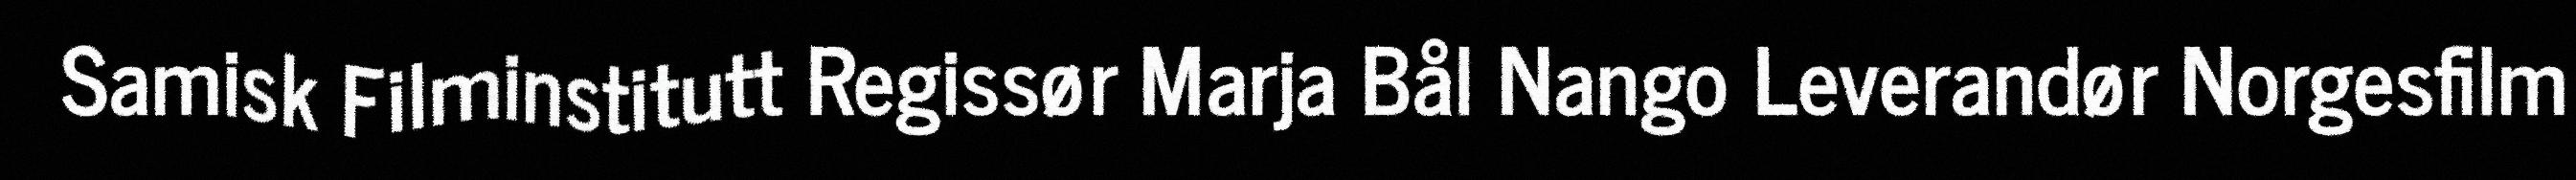
Samisk Filminstitutt Regissør Marja Bål Nango Leverandør Norgesfilm